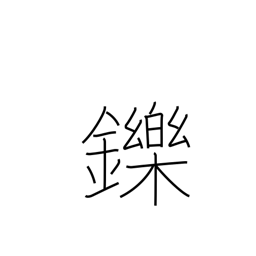
Meaning: be charmed